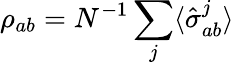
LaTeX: \rho_{ab}=N^{-1}\sum_{j}\langle\hat{\sigma}_{ab}^{j}\rangle